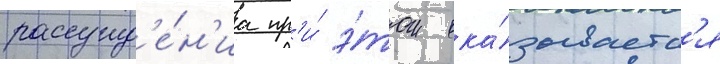
рассужд'е́н'иа пр'и́ э́том ока́зываетс'я